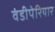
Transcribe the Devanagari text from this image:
वंडीपेरियार